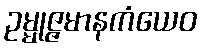
ဥမ္မုဇ္ဇမာနကံယေဝ